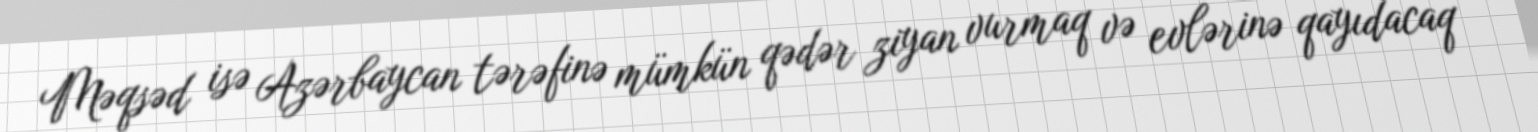
Məqsəd isə Azərbaycan tərəfinə mümkün qədər ziyan vurmaq və evlərinə qayıdacaq